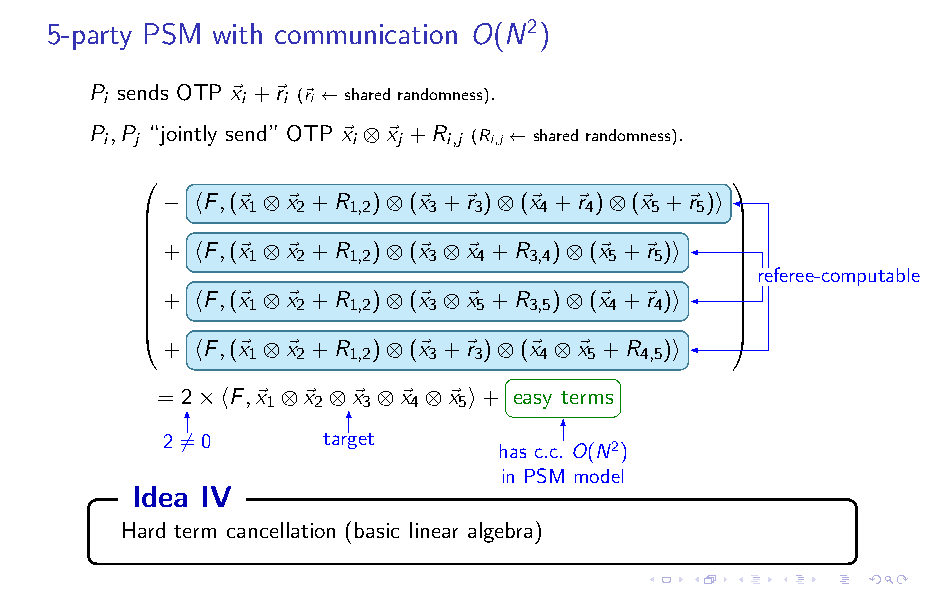
5-party PSM with communication O(N2)
 P i sends OTP ~x i +~r i (~ri ←sharedrandomness).
 P i,P j “jointly send” OTP ~x i ⊗~x j +R i,j (Ri,j ←sharedrandomness).
                                       
 − hF,(~x ⊗~x +R )⊗(~x +~r )⊗(~x +~r )⊗(~x +~r )i
 1   2  1,2  3  3    4  4   5  5
                                       
                                       
 +  hF,(~x ⊗~x +R )⊗(~x ⊗~x +R )⊗(~x +~r )i 
       1   2  1,2  3   4  3,4  5  5    
                                        referee-computable
                                       
 +  hF,(~x ⊗~x +R )⊗(~x ⊗~x +R )⊗(~x +~r )i 
       1   2  1,2  3   5  3,5  4  4    
                                       
                                       
 + hF,(~x ⊗~x +R )⊗(~x +~r )⊗(~x ⊗~x +R )i
 1   2  1,2  3  3    4  5  4,5
 = 2×hF,~x ⊗~x ⊗~x ⊗~x ⊗~x i+ easy terms
 1  2  3  4  5
 26=0      target
 has c.c. O(N2)
 in PSM model
 Idea IV
 Hard term cancellation (basic linear algebra)